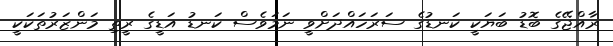
ރާއްޖޭގެ ބޮޑު ބަޔަކީ ކަނޑުގެ ސަރަހައްދަށްވީ ނަމަވެސް ކަނޑު އަޑީގެ ރީތި މަންޒަރުތަކަކީ